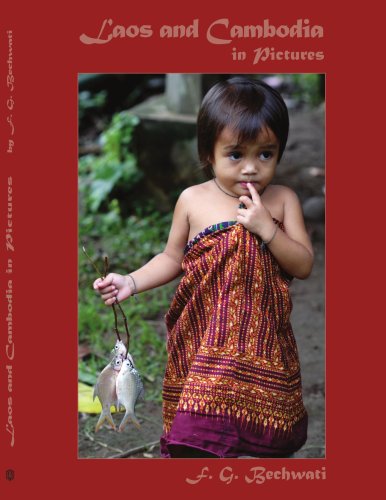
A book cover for Laos and Cambodia in Pictures; Fouad Bechwati; Travel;